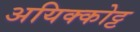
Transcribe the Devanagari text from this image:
अयिक्कोट्ट